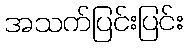
အသက်ပြင်းပြင်း